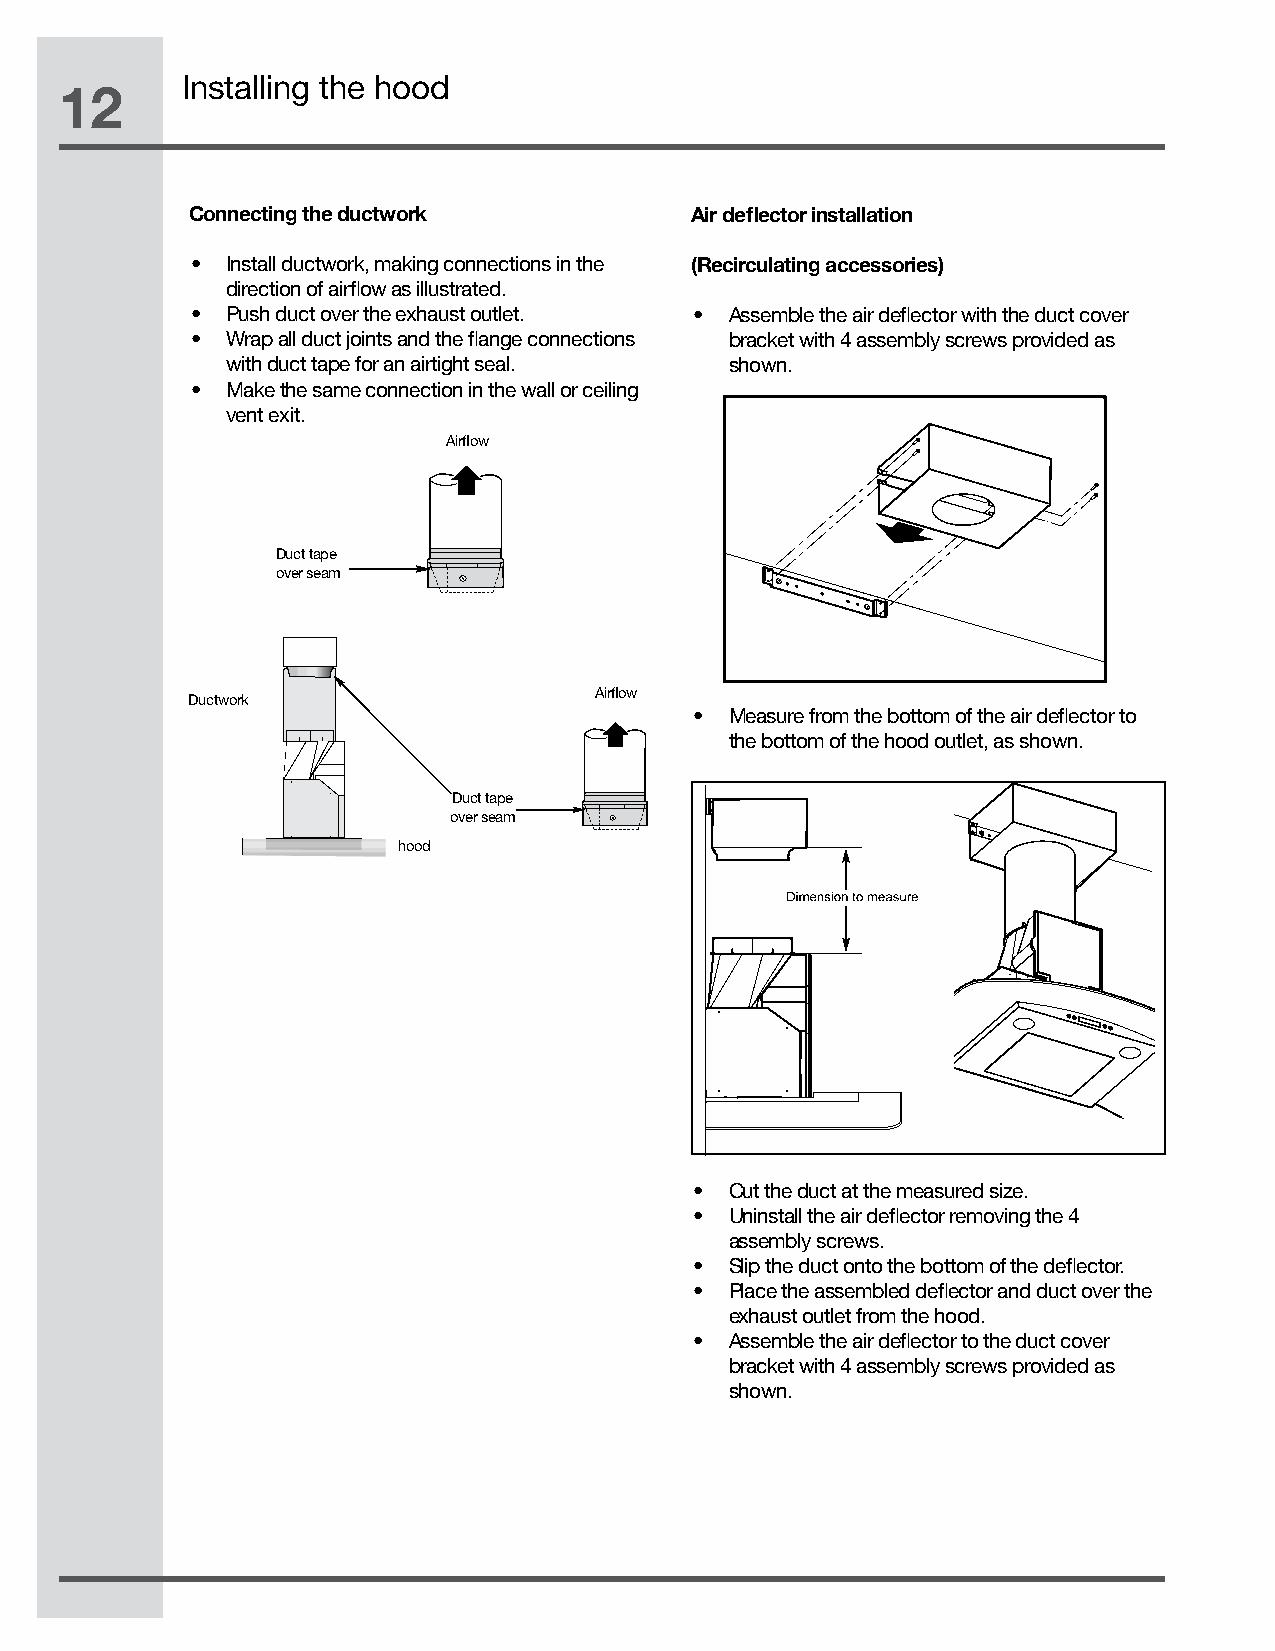
Installing the hood
 12
 Connecting the ductwork          Air deflector installation
 • Install ductwork, making connections in the (Recirculating accessories)
 direction of airflow as illustrated.
 • Push duct over the exhaust outlet. • Assemble the air deflector with the duct cover
 • Wrap all duct joints and the flange connections bracket with 4 assembly screws provided as
 with duct tape for an airtight seal. shown.
 • Make the same connection in the wall or ceiling
 vent exit.
 Airflow
 Duct tape
 over seam
 Airflow
 Ductwork
 • Measure from the bottom of the air deflector to
 the bottom of the hood outlet, as shown.
 Duct tape
 over seam
 hood
 • Cut the duct at the measured size.
 • Uninstall the air deflector removing the 4
 assembly screws.
 • Slip the duct onto the bottom of the deflector.
 • Place the assembled deflector and duct over the
 exhaust outlet from the hood.
 • Assemble the air deflector to the duct cover
 bracket with 4 assembly screws provided as
 shown.